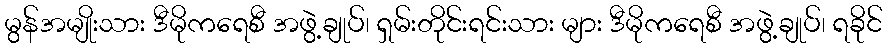
မွန်အမျိုးသား ဒီမိုကရေစီ အဖွဲ့ချုပ်၊ ရှမ်းတိုင်းရင်းသား များ ဒီမိုကရေစီ အဖွဲ့ချုပ်၊ ရခိုင်